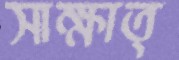
সাক্ষাত্